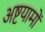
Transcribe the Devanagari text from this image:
अष्टयामों